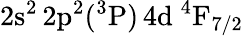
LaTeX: \mathrm{2s^{2}\, 2p^{2}(^{3}P)\, 4d~^{4}F_{7/2}}